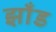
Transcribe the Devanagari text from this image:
झाँड